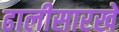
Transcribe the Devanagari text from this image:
ढालीसारखे